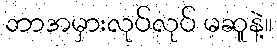
ဘာအမှားလုပ်လုပ် မဆူနဲ့။